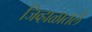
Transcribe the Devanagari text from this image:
जिव्हाळातले